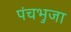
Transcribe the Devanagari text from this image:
पंचभुजा